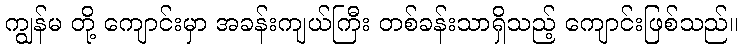
ကျွန်မ တို့ ကျောင်းမှာ အခန်းကျယ်ကြီး တစ်ခန်းသာရှိသည့် ကျောင်းဖြစ်သည်။